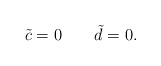
\begin{align*}\quad \tilde{c} = 0 \quad \quad \tilde{d} = 0.\end{align*}